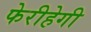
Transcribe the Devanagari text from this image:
फेरीहेगी